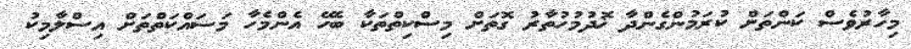
މިހާރުވެސް ކަންތަށް ކުރަމުންގެންދާ ޚޮދުމުހުތާރު ގޮތަށް މިސްކިތްތަކާ ބެހޭ އެންމެހާ މަސައްކަތްތަށް އިސްލާމިކު